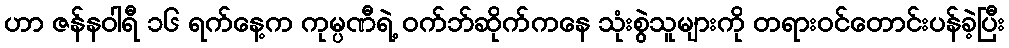
ဟာ ဇန်နဝါရီ ၁၆ ရက်နေ့က ကုမ္ပဏီရဲ့ ဝက်ဘ်ဆိုက်ကနေ သုံးစွဲသူများကို တရားဝင်တောင်းပန်ခဲ့ပြီး